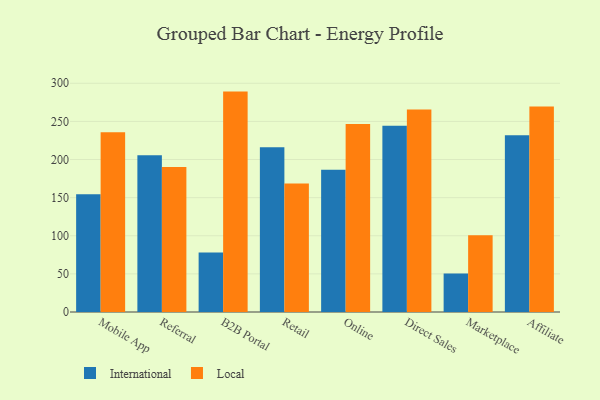
{"axis": {"x": "Channel", "y": "LTV (USD)"}, "legend": ["International", "Local"], "data": [{"x": "Mobile App", "y": 154.3, "type": "International"}, {"x": "Mobile App", "y": 235.9, "type": "Local"}, {"x": "Referral", "y": 205.5, "type": "International"}, {"x": "Referral", "y": 190.2, "type": "Local"}, {"x": "B2B Portal", "y": 77.9, "type": "International"}, {"x": "B2B Portal", "y": 289.1, "type": "Local"}, {"x": "Retail", "y": 216.1, "type": "International"}, {"x": "Retail", "y": 168.5, "type": "Local"}, {"x": "Online", "y": 186.6, "type": "International"}, {"x": "Online", "y": 246.7, "type": "Local"}, {"x": "Direct Sales", "y": 244.4, "type": "International"}, {"x": "Direct Sales", "y": 265.7, "type": "Local"}, {"x": "Marketplace", "y": 50.4, "type": "International"}, {"x": "Marketplace", "y": 100.7, "type": "Local"}, {"x": "Affiliate", "y": 232.0, "type": "International"}, {"x": "Affiliate", "y": 269.4, "type": "Local"}]}